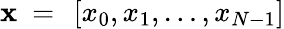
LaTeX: \mathbf{x}~=~\left[x_{0},x_{1},\ldots,x_{N-1}\right]